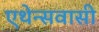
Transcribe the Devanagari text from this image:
एथेन्सवासी